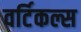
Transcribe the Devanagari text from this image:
वर्टिकल्स